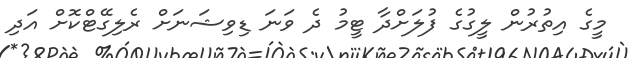
މީގެ އިތުރުން ލީގުގެ ފުލަށްދާ ޓީމު ދެ ވަނަ ޑިވިޝަނަށް ރެލިގޭޓްކޮށް އަދި